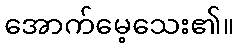
အောက်မေ့သေး၏။